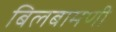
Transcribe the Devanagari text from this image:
बिलबामणी